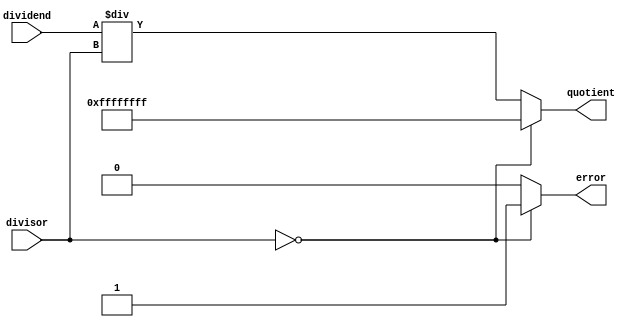
module divider (
    input [31:0] dividend,
    input [31:0] divisor,
    output reg [31:0] quotient,
    output reg error
);

always @ (*) begin
    if(divisor == 0) begin
        error = 1;
        quotient = 32'hFFFFFFFF; // Special output value indicating infinity or error condition
    end else begin
        error = 0;
        quotient = dividend / divisor; // Division using behavioral algorithm
    end
end

endmodule